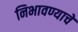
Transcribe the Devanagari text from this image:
निभावण्याचे